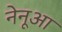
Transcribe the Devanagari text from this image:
नेनूआ